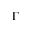
\Gamma